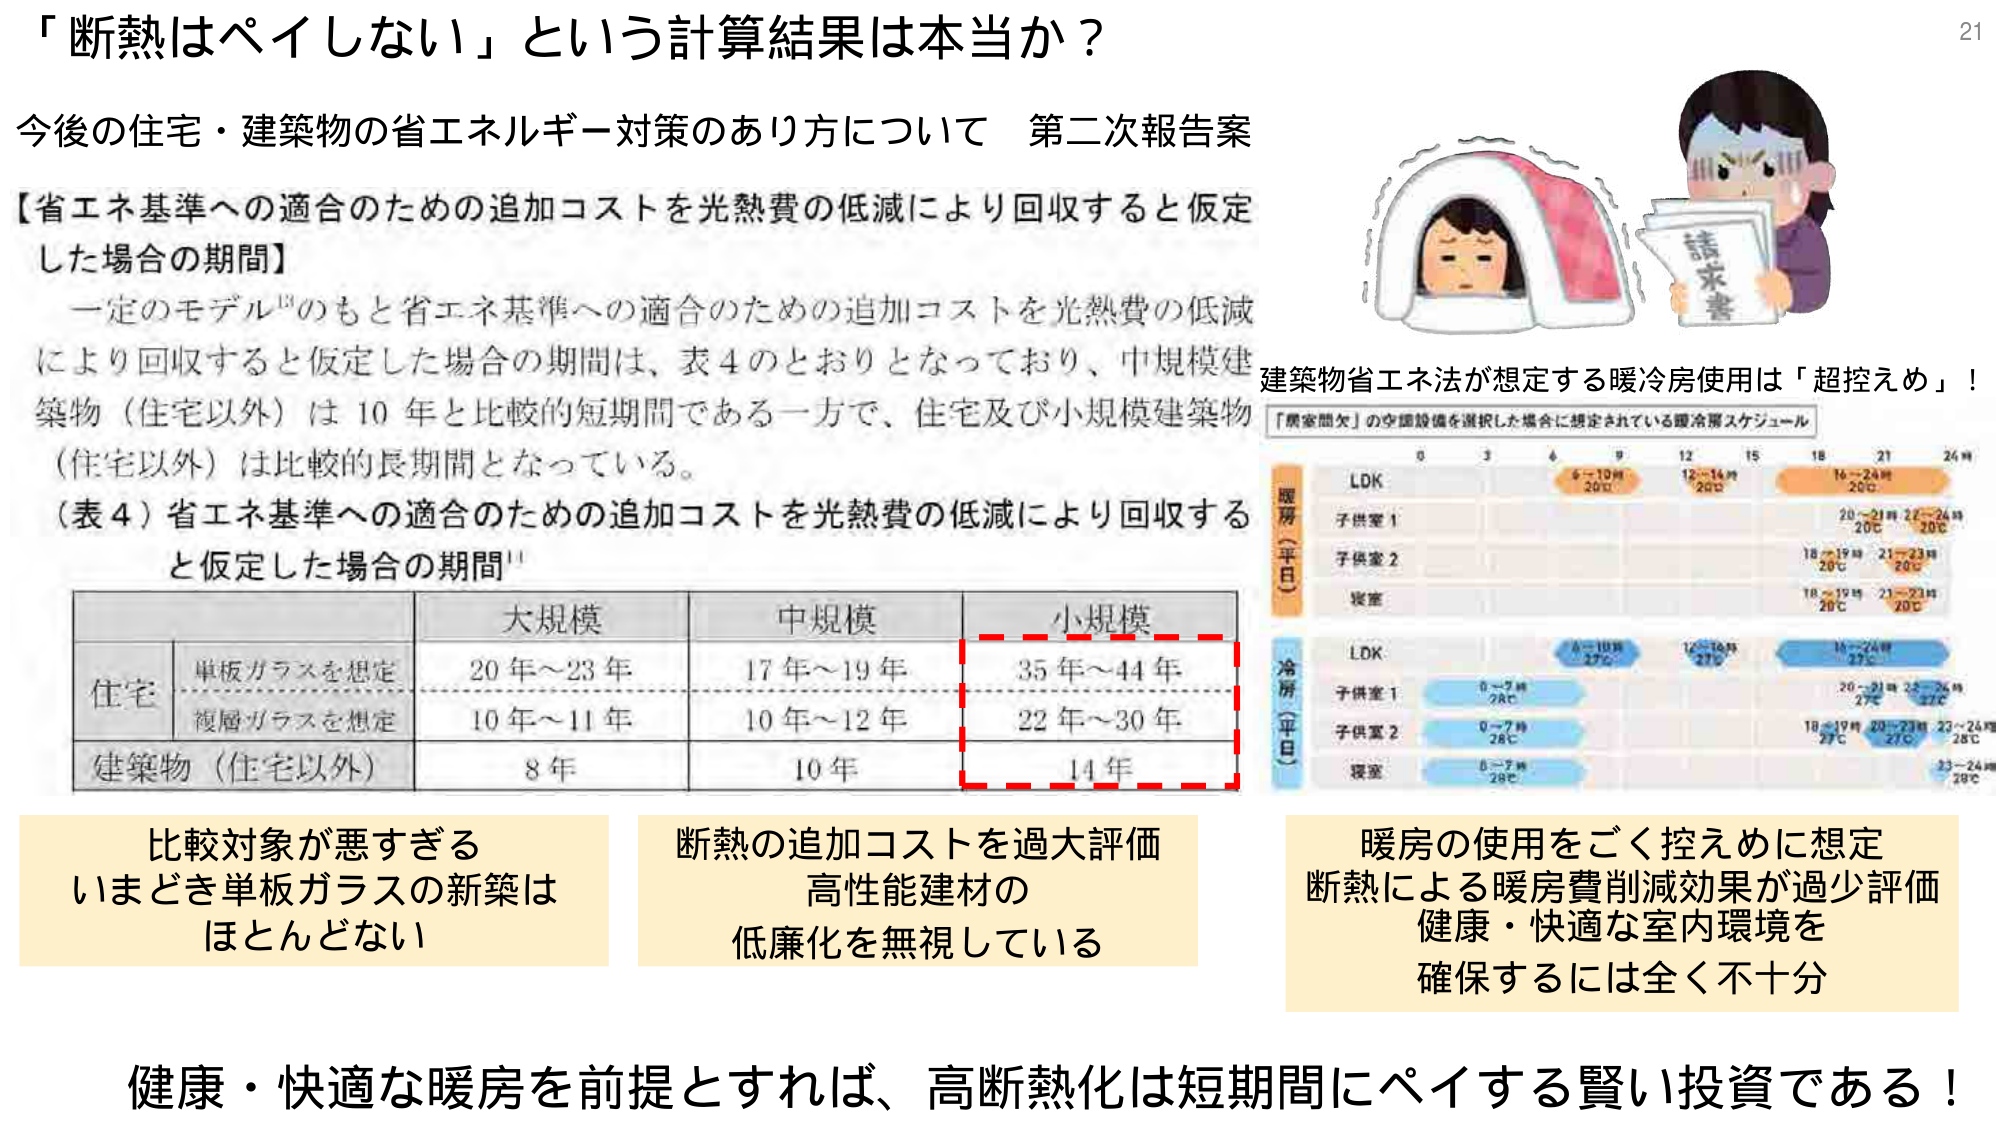
「断熱はペイしない」という計算結果は本当か？

今後の住宅・建築物の省エネルギー対策のあり方について 第二次報告案

【省エネ基準への適合のための追加コストを光熱費の低減により回収すると仮定した場合の期間】

一定のモデル¹³のもと省エネ基準への適合のための追加コストを光熱費の低減により回収すると仮定した場合の期間は、表4のとおりとなっており、中規模建築物（住宅以外）は10年と比較的短期間である一方で、住宅及び小規模建築物（住宅以外）は比較的長期間となっている。

（表4）省エネ基準への適合のための追加コストを光熱費の低減により回収すると仮定した場合の期間¹¹

| | | 大規模 | 中規模 | 小規模 |
|---|---|---|---|---|
| 住宅 | 単板ガラスを想定 | 20年～23年 | 17年～19年 | 35年～44年 |
| | 複層ガラスを想定 | 10年～11年 | 10年～12年 | 22年～30年 |
| 建築物（住宅以外） | | 8年 | 10年 | 14年 |

比較対象が悪すぎる
いまどき単板ガラスの新築は
ほとんどない

断熱の追加コストを過大評価
高性能建材の
低廉化を無視している

建築物省エネ法が想定する暖冷房使用は「超控えめ」！

「居室間欠」の空調設備を選択した場合に想定されている暖冷房スケジュール

| | 0 | 3 | 6 | 9 | 12 | 15 | 18 | 21 | 24時 |
|---|---|---|---|---|---|---|---|---|---|
| **暖房（平日）** | | | | | | | | | |
| LDK | | | 6～10時 20℃ | | 12～14時 20℃ | | 16～24時 20℃ | | |
| 子供室1 | | | | | | | | 20～21時 20℃ 22～24時 20℃ | |
| 子供室2 | | | | | | | | 18～19時 20℃ 21～23時 20℃ | |
| 寝室 | | | | | | | | 18～19時 20℃ 21～23時 20℃ | |

| | 0 | 3 | 6 | 9 | 12 | 15 | 18 | 21 | 24時 |
|---|---|---|---|---|---|---|---|---|---|
| **冷房（平日）** | | | | | | | | | |
| LDK | | | 6～10時 27℃ | | 12～16時 27℃ | | 16～24時 27℃ | | |
| 子供室1 | | | | | | | | 20～21時 27℃ 22～24時 27℃ | |
| 子供室2 | | | | | | | | 18～19時 27℃ 20～23時 27℃ 23～24時 28℃ | |
| 寝室 | | | | | | | | 23～24時 28℃ | |

暖房の使用をごく控えめに想定
断熱による暖房費削減効果が過少評価
健康・快適な室内環境を
確保するには全く不十分

健康・快適な暖房を前提とすれば、高断熱化は短期間にペイする賢い投資である！

21